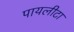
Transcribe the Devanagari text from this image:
पायलीटा